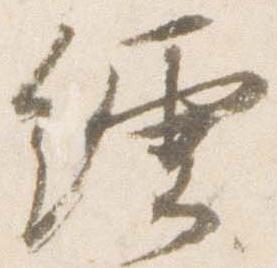
繧